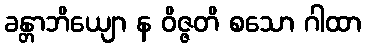
ခန္တာဘိယျော န ဝိဇ္ဇတိ စသော ဂါထာ